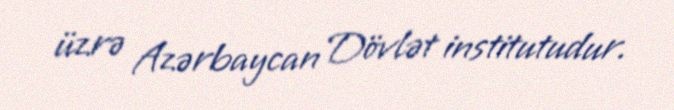
üzrə Azərbaycan Dövlət institutudur.